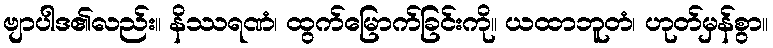
ဗျာပါဒ၏လည်း။ နိဿရဏံ၊ ထွက်မြောက်ခြင်းကို။ ယထာဘူတံ၊ ဟုတ်မှန်စွာ။